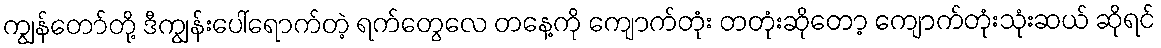
ကျွန်တော်တို့ ဒီကျွန်းပေါ်ရောက်တဲ့ ရက်တွေလေ တနေ့ကို ကျောက်တုံး တတုံးဆိုတော့ ကျောက်တုံးသုံးဆယ် ဆိုရင်